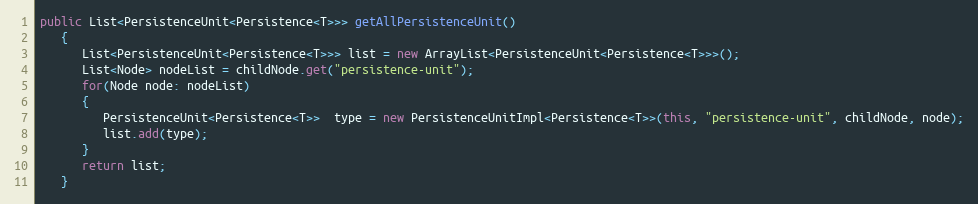
Language: Java
public List<PersistenceUnit<Persistence<T>>> getAllPersistenceUnit()
   {
      List<PersistenceUnit<Persistence<T>>> list = new ArrayList<PersistenceUnit<Persistence<T>>>();
      List<Node> nodeList = childNode.get("persistence-unit");
      for(Node node: nodeList)
      {
         PersistenceUnit<Persistence<T>>  type = new PersistenceUnitImpl<Persistence<T>>(this, "persistence-unit", childNode, node);
         list.add(type);
      }
      return list;
   }